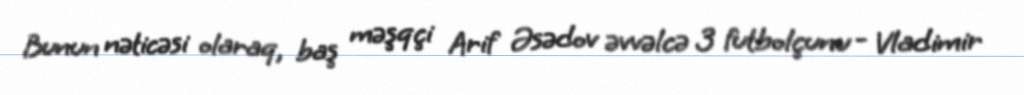
Bunun nəticəsi olaraq, baş məşqçi Arif Əsədov əvvəlcə 3 futbolçunu - Vladimir